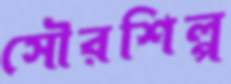
সৌরশিল্প